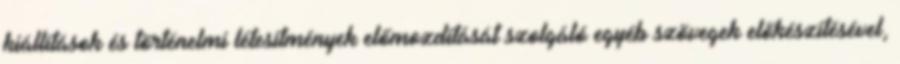
kiállítások és történelmi létesítmények előmozdítását szolgáló egyéb szövegek előkészítésével,